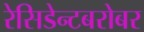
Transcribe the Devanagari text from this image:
रेसिडेन्टबरोबर